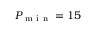
P _ { \mathrm { ~ m ~ i ~ n ~ } } = 1 5